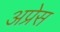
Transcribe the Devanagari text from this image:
अप्रेस